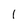
Character: l